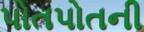
પોતપોતની